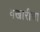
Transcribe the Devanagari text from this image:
वखारीचा